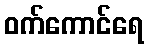
ဝက်ကောင်ရေ